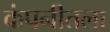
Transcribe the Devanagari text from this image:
कंपनीतला